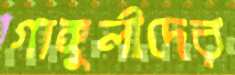
গাঙ্গুলীদের